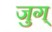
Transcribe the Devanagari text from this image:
जुग्